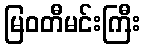
မြဝတီမင်းကြီး